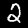
Label: 2